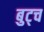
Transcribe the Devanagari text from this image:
बुट्च